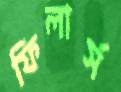
ফিলার্স